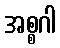
အစ္စဂါ